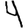
Digit: 4